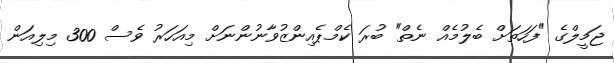
ޖަމީލްގެ "ފަހަތަށް ބެލުމެއް ނެތް" ބުރަ ކެމްޕެއިންޒުވާނުންނަށް މިއަހަރު ވެސް 300 މިލިއަން